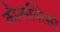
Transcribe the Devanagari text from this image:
कौन्सपिरेसी